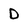
Character: D